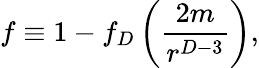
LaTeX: f\equiv 1-f_{D}\left({\frac{2m}{r^{D-3}}}\right),